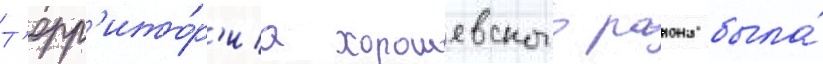
Т'ерр'ито́р'иа хорошевского раиона была́